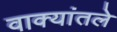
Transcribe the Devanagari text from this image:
वाक्यांतले